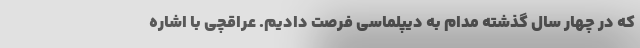
که در چهار سال گذشته مدام به دیپلماسی فرصت دادیم. عراقچی با اشاره